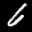
Label: 6